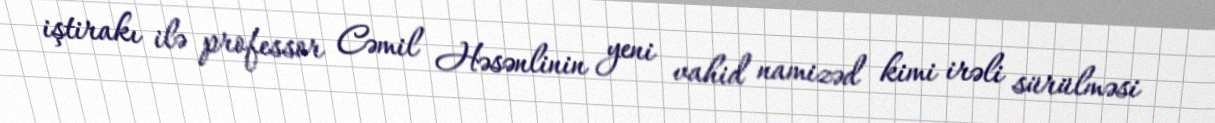
iştirakı ilə professor Cəmil Həsənlinin yeni vahid namizəd kimi irəli sürülməsi